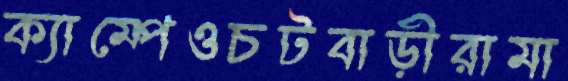
ক্যাম্পেওচটবাড়ীরামা